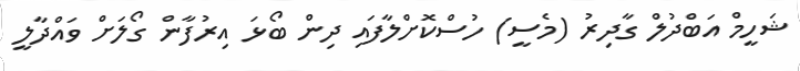
ޝަހީމް އަބްދުލް ގާދިރު (މެސީ) ހުސްކޮށްލާފައި ދިން ބޯޅަ އިރުފާން ގޯލަށް ވައްދާލީ